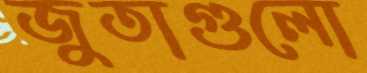
জুতাগুলো